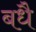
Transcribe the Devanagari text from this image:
बधै